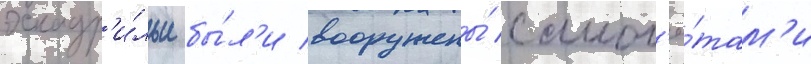
эскадр'и́льи бы́л'и вооружены́ самол'ё́там'и